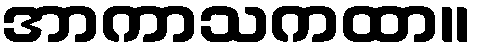
အာကာသကထာ။